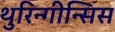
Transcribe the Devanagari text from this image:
थुरिन्गीन्सिस